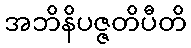
အဘိနိပဇ္ဇတိပီတိ